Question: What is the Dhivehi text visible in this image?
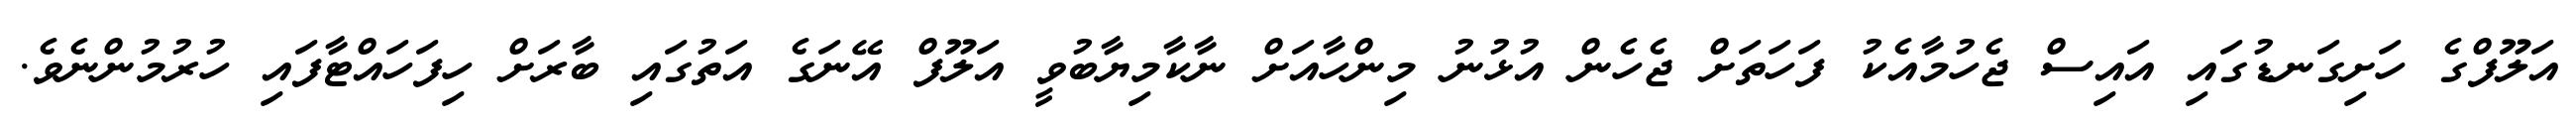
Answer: އަލޫފްގެ ހަށިގަނޑުގައި އައިސް ޖެހުމާއެކު ފަހަތަށް ޖެހެން އުޅުނު މިންހާއަށް ނާކާމިޔާބުވީ އަލޫފް އޭނަގެ އަތުގައި ބާރަށް ހިފަހައްޓާފައި ހުރުމުންނެވެ.